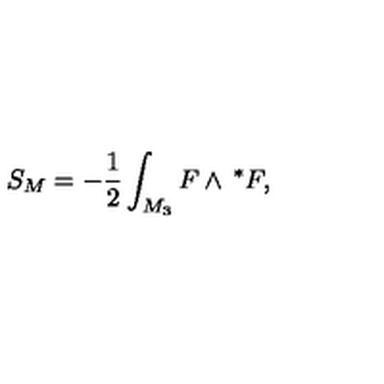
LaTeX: S _ { M } = - \frac 1 2 \int _ { M _ { 3 } } F \wedge { \thinspace } ^ { * } F ,